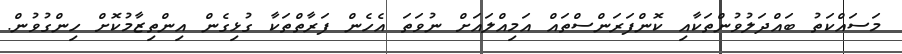
މަސައްކަތު ބައްދަލުވުންތަކާއި ކޮންފަރަންސްތައް އަމިއްލައަށް ނުވަތަ އެހެން ފަރާތްތަކާ ގުޅިގެން އިންތިޒާމުކޮށް ހިންގުވުން.